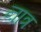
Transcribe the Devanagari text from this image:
ऩात्र